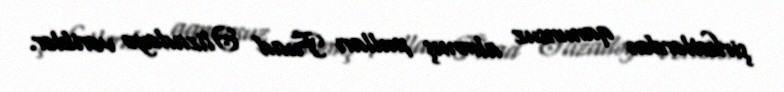
şirkətlərdən qanunsuz alınmış pulları Fuad Əlizadəyə veriblər.